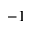
^ { - 1 }